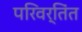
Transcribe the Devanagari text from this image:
परिवर्तिंत